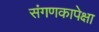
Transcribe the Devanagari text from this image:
संगणकापेक्षा